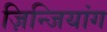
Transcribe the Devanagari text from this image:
ज़िन्जियांग